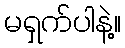
မရှက်ပါနဲ့။